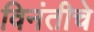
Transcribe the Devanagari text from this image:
विनंतीचे